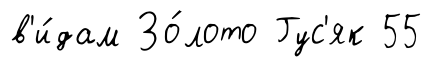
в'и́дам Зо́лото Гус'як 55